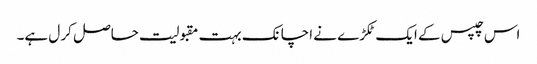
اس چپس کے ایک ٹکڑے نے اچانک بہت مقبولیت حاصل کر ل ہے۔